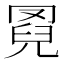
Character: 𦋌